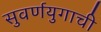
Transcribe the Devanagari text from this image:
सुवर्णयुगाची